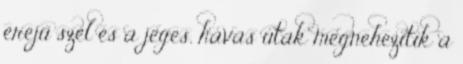
erejű szél és a jeges, havas utak megnehezítik a